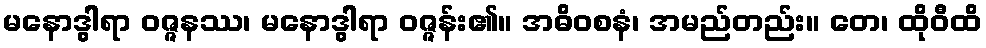
မနောဒွါရာ ဝဇ္ဇနဿ၊ မနောဒွါရာ ဝဇ္ဇန်း၏။ အဓိဝစနံ၊ အမည်တည်း။ တေ၊ ထိုဝီထိ